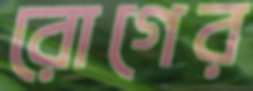
রোগের